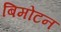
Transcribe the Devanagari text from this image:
बिमोटन